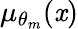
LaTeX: \mu_{\theta_{m}}(\mathit{x})